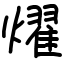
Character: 燿